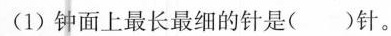
(1) 钟面上最长最细的针是()针。